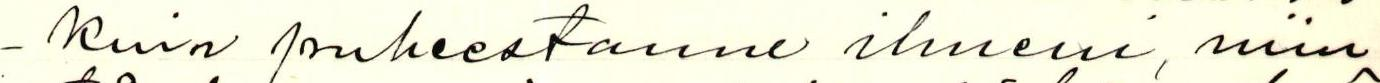
- Kuin puheestanne ilmeni, niin